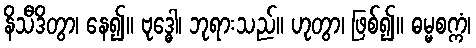
နိသီဒိတွာ၊ နေ၍။ ဗုဒ္ဓေါ၊ ဘုရားသည်။ ဟုတွာ၊ ဖြစ်၍။ ဓမ္မစက္ကံ၊